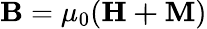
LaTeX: \mathbf{B}=\mu_{0}(\mathbf{H+M})